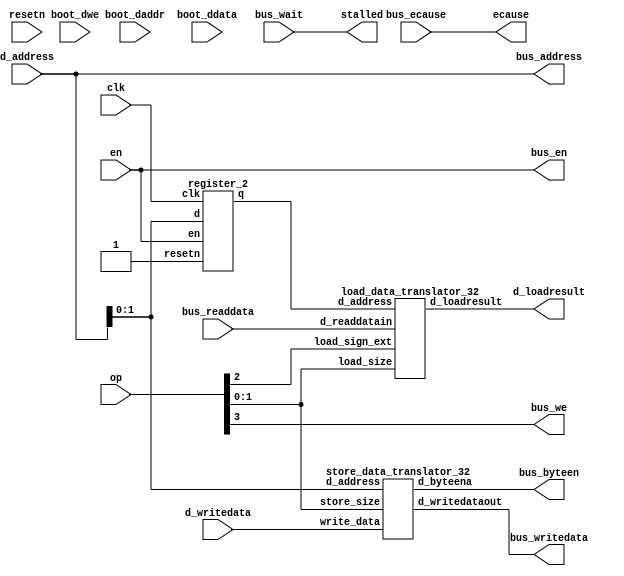
/******************************************************************************
            Data memory and interface

Operation table:

  load/store sign size1 size0    |   Operation
7     0       1     1     1      |      LB
5     0       1     0     1      |      LH
0     0       X     0     0      |      LW
3     0       0     1     1      |      LBU
1     0       0     0     1      |      LHU
11    1       X     1     1      |      SB
9     1       X     0     1      |      SH
8     1       X     0     0      |      SW

******************************************************************************/

module data_mem_32_32_4_16_16384( clk, resetn, en, stalled,
    d_writedata,
    d_address,
    op,
    d_loadresult,

    ecause,

    boot_daddr, 
    boot_ddata, 
    boot_dwe, 

    bus_address,
    bus_byteen,
    bus_we,
    bus_en,
    bus_writedata,
    bus_readdata,
    bus_wait,
    bus_ecause
                );

input clk;
input resetn;
input en;
output stalled;

output [31:0] ecause; 

input [31:0] boot_daddr;
input [31:0] boot_ddata;
input boot_dwe;

input [32-1:0] d_address;
input [4-1:0] op;
input [32-1:0] d_writedata;
output [32-1:0] d_loadresult;

output [32-1:0] bus_address;
output [4-1:0] bus_byteen;
output         bus_we;
output         bus_en;
output [32-1:0] bus_writedata;
input  [32-1:0] bus_readdata;
input           bus_wait;
input  [32-1:0] bus_ecause;

wire [4-1:0] d_byteena;
wire [32-1:0] d_readdatain;
wire [32-1:0] d_writedatamem;
wire d_write;
wire [1:0] d_address_latched;

assign d_write=op[3];

assign ecause=bus_ecause;

register_2 d_address_reg(d_address[1:0],clk,1'b1,en,d_address_latched);
                
store_data_translator_32 sdtrans_inst(
    .write_data(d_writedata),
    .d_address(d_address[1:0]),
    .store_size(op[1:0]),
    .d_byteena(d_byteena),
    .d_writedataout(d_writedatamem));

load_data_translator_32 ldtrans_inst(
    .d_readdatain(d_readdatain),
    .d_address(d_address_latched[1:0]),
    .load_size(op[1:0]),
    .load_sign_ext(op[2]),
    .d_loadresult(d_loadresult));
  
assign bus_address=d_address;
assign bus_byteen=d_byteena;
assign bus_we=d_write;
assign bus_en=en;
assign bus_writedata=d_writedatamem;
assign d_readdatain=bus_readdata;
assign stalled=bus_wait;

/*
altsyncram  dmem (
            .wren_a (d_write&en&(~d_address[31])),
            .clock0 (clk),
            .clocken0 (),
            .clock1 (clk),
            .clocken1 (boot_dwe),
            `ifdef TEST_BENCH
            .aclr0(~resetn), 
            `endif
            .byteena_a (d_byteena),
            .address_a (d_address[DM_ADDRESSWIDTH+2-1:2]),
            .data_a (d_writedatamem),
            .wren_b (boot_dwe), .data_b (boot_ddata), .address_b (boot_daddr), 
            // synopsys translate_off
            .rden_b (), 
            .aclr1 (), .byteena_b (),
            .addressstall_a (), .addressstall_b (), .q_b (),
            // synopsys translate_on
            .q_a (d_readdatain)
    
);  
    defparam
        dmem.intended_device_family = "Stratix",
        dmem.width_a = DM_DATAWIDTH,
        dmem.widthad_a = DM_ADDRESSWIDTH-2,
        dmem.numwords_a = DM_SIZE,
        dmem.width_byteena_a = DM_BYTEENAWIDTH,
        dmem.operation_mode = "BIDIR_DUAL_PORT",
        dmem.width_b = DM_DATAWIDTH,
        dmem.widthad_b = DM_ADDRESSWIDTH-2,
        dmem.numwords_b = DM_SIZE,
        dmem.width_byteena_b = 1,
        dmem.outdata_reg_a = "UNREGISTERED",
        dmem.address_reg_b = "CLOCK1",
        dmem.wrcontrol_wraddress_reg_b = "CLOCK1",
        dmem.wrcontrol_aclr_a = "NONE",
        dmem.address_aclr_a = "NONE",
        dmem.outdata_aclr_a = "NONE",
        dmem.byteena_aclr_a = "NONE",
        dmem.byte_size = 8,
        `ifdef TEST_BENCH
          dmem.indata_aclr_a = "CLEAR0",
          dmem.init_file = "data.rif",
        `endif
        `ifdef QUARTUS_SIM
          dmem.init_file = "data.mif",
          dmem.ram_block_type = "M4K",
        `else
          dmem.ram_block_type = "MEGARAM",
        `endif
        dmem.lpm_type = "altsyncram";
*/
  
endmodule

/****************************************************************************
          Store data translator
          - moves store data to appropriate byte/halfword 
          - interfaces with altera blockrams
****************************************************************************/
module store_data_translator_32(
    write_data,             // data in least significant position
    d_address,
    store_size,
    d_byteena,
    d_writedataout);        // shifted data to coincide with address

input [32-1:0] write_data;
input [1:0] d_address;
input [1:0] store_size;
output [3:0] d_byteena;
output [32-1:0] d_writedataout;

reg [3:0] d_byteena;
reg [32-1:0] d_writedataout;

always @(write_data or d_address or store_size)
begin
    case (store_size)
        2'b11:
            case(d_address[1:0])
                0: 
                begin 
                    d_byteena=4'b1000; 
                    d_writedataout={write_data[7:0],24'b0}; 
                end
                1: 
                begin 
                    d_byteena=4'b0100; 
                    d_writedataout={8'b0,write_data[7:0],16'b0}; 
                end
                2: 
                begin 
                    d_byteena=4'b0010; 
                    d_writedataout={16'b0,write_data[7:0],8'b0}; 
                end
                default: 
                begin 
                    d_byteena=4'b0001; 
                    d_writedataout={24'b0,write_data[7:0]}; 
                end
            endcase
        2'b01:
            case(d_address[1])
                0: 
                begin 
                    d_byteena=4'b1100; 
                    d_writedataout={write_data[15:0],16'b0}; 
                end
                default: 
                begin 
                    d_byteena=4'b0011; 
                    d_writedataout={16'b0,write_data[15:0]}; 
                end
            endcase
        default:
        begin
            d_byteena=4'b1111;
            d_writedataout=write_data;
        end
    endcase
end
endmodule

/****************************************************************************
          Load data translator
          - moves read data to appropriate byte/halfword and zero/sign extends
****************************************************************************/
module load_data_translator_32(
    d_readdatain,
    d_address,
    load_size,
    load_sign_ext,
    d_loadresult);

input [32-1:0] d_readdatain;
input [1:0] d_address;
input [1:0] load_size;
input load_sign_ext;
output [32-1:0] d_loadresult;

reg [32-1:0] d_loadresult;

always @(d_readdatain or d_address or load_size or load_sign_ext)
begin
    case (load_size)
        2'b11:
        begin
            case (d_address[1:0])
                0: d_loadresult[7:0]=d_readdatain[31:24];
                1: d_loadresult[7:0]=d_readdatain[23:16];
                2: d_loadresult[7:0]=d_readdatain[15:8];
                default: d_loadresult[7:0]=d_readdatain[7:0];
            endcase
            d_loadresult[31:8]={24{load_sign_ext&d_loadresult[7]}};
        end
        2'b01:
        begin
            case (d_address[1])
                0: d_loadresult[15:0]=d_readdatain[31:16];
                default: d_loadresult[15:0]=d_readdatain[15:0];
            endcase
            d_loadresult[31:16]={16{load_sign_ext&d_loadresult[15]}};
        end
        default:
            d_loadresult=d_readdatain;
    endcase
end

endmodule

/****************************************************************************
          Generic Register
****************************************************************************/
module register_2(d,clk,resetn,en,q);

input clk;
input resetn;
input en;
input [2-1:0] d;
output [2-1:0] q;
reg [2-1:0] q;

always @(posedge clk or negedge resetn)		//asynchronous reset
begin
	if (resetn==0)
		q<=0;
	else if (en==1)
		q<=d;
end

endmodule